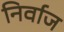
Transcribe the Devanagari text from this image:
निर्वाज